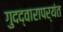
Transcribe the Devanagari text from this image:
गुदद्वारापर्यंत